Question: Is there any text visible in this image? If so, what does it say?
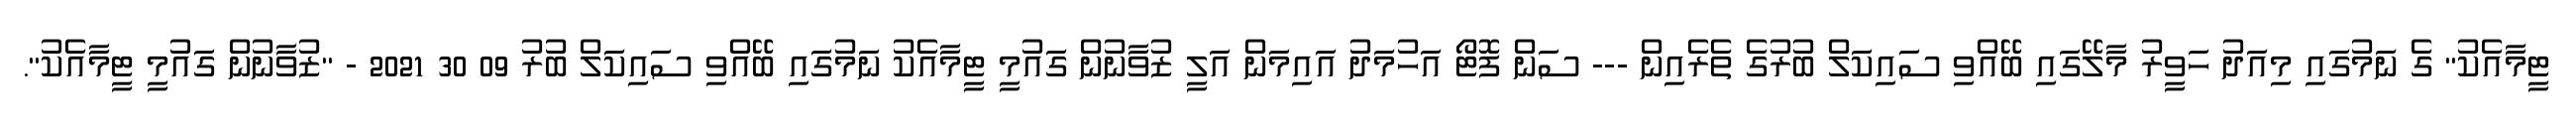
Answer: ޓީމާއެކު" ގެ ނަމުގައި މިއަދު ހަވީރު މާލޭގައި ބޭއްވި ސައިކަލް ބުރުގެ ތެރެއިން --- ސަން ފޮޓޯ އަހުމަދު އައިމަން އަލީ ޒުވާނުން ގައުމީ ޓީމާއެކު ނަމުގައި ބޭއްވި ސައިކަލް ބުރު 09 30 2021 - "ޒުވާނުން ގައުމީ ޓީމާއެކު".